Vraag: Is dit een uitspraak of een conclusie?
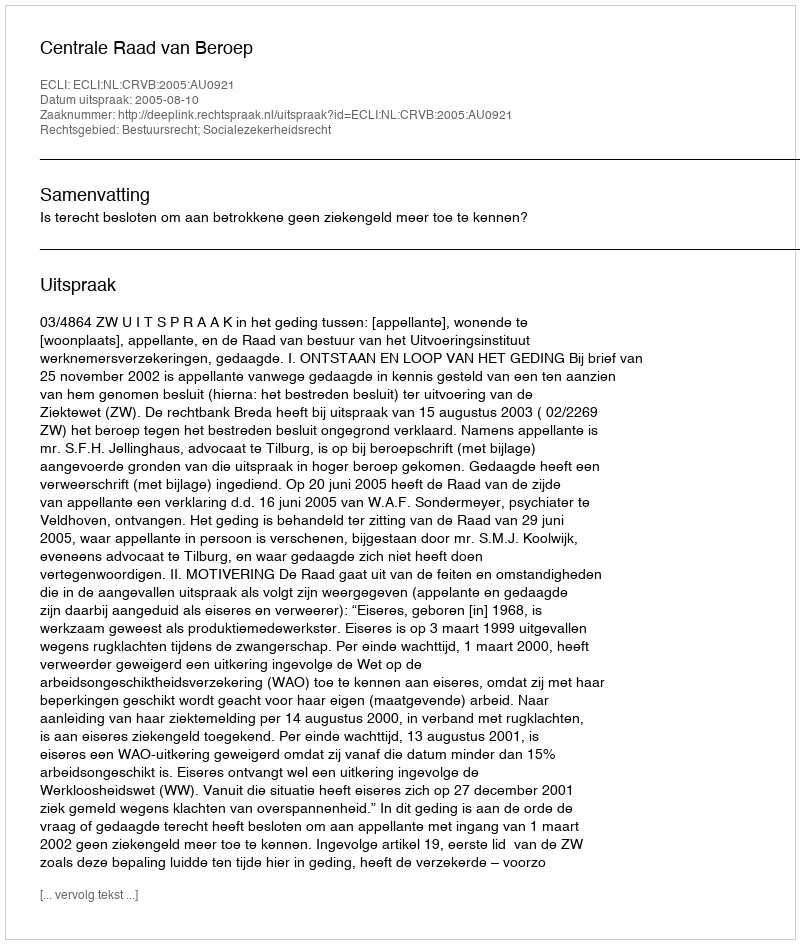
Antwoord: Uitspraak